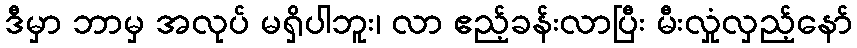
ဒီမှာ ဘာမှ အလုပ် မရှိပါဘူး၊ လာ ဧည့်ခန်းလာပြီး မီးလှုံလှည့်နော်